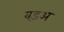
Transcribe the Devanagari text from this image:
बड़अ